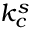
k _ { c } ^ { s }